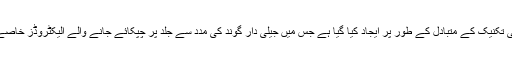
یہ نینوٹیک اسٹیکر ’’الیکٹرومائیوگرافی‘‘ نامی ایک طبّی تکنیک کے متبادل کے طور پر ایجاد کیا گیا ہے جس میں جیلی دار گوند کی مدد سے جلد پر چپکائے جانے والے الیکٹروڈز خاصے بڑے ہوتے ہیں اور وہ تار سے جڑے بھی ہوتے ہیں۔